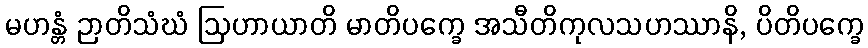
မဟန္တံ ဉာတိသံဃံ ဩဟာယာတိ မာတိပက္ခေ အသီတိကုလသဟဿာနိ, ပိတိပက္ခေ